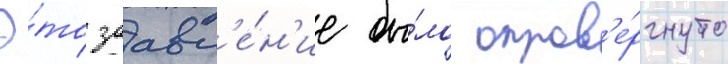
Э́то заавл'е́н'ие бы́ло опров'е́ргнуто